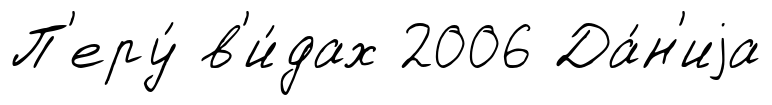
П'еру́ в'и́дах 2006 Да́н'иjа